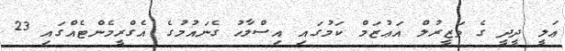
ޢަލީ ދީދީ ގެ ވަޒީރުލް އަޢުޒަމް ކަމުގައި އިސްލާހު ގެނައުމުގެ އެގްރީމެންޓެއްގައި 23